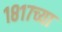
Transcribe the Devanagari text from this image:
१८१७च्या